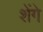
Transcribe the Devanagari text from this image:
शेंगे